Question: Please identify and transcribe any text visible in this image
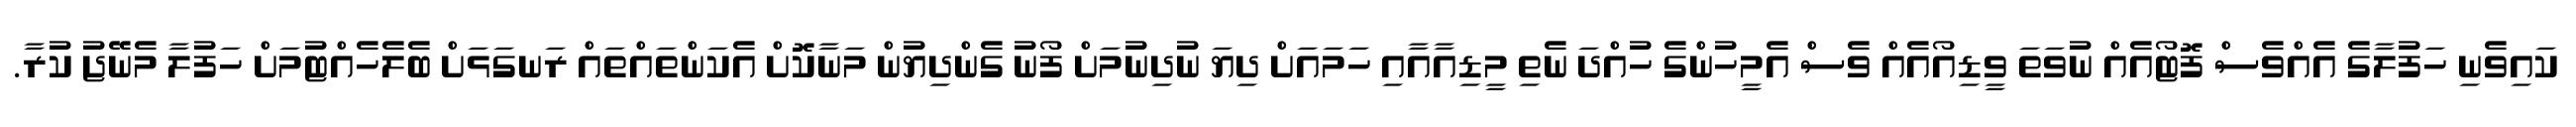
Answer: ކައިވެނި ހަފުލާގެ އެއްވެސް ފޮޓޯއެއް ނުވަތަ ވީޑިއޯއެއް ވެސް އެމީހުންގެ ހުއްދަ ނެތި މީޑިއާއާއި ހަމައަށް ދިޔަ ނުދިނުމަށް ފޯނު ގެންދިޔުން މަނާކޮށް އެކަންތައްތައް ރަނގަޅަށް ބެލެހެއްޓުމަށް ހަފުލާ މެނޭޖު ކުރާ.